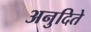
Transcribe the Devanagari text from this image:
अनुदिते